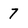
Character: 7